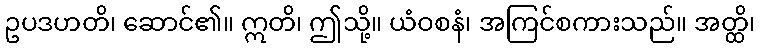
ဥပဒဟတိ၊ ဆောင်၏။ ဣတိ၊ ဤသို့။ ယံဝစနံ၊ အကြင်စကားသည်။ အတ္ထိ၊